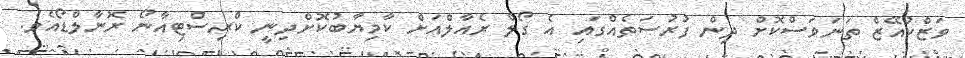
ވަޒްކުއޭޒް ތަނަވަސްކޮށް ދިން ފުރުސަތެއްގައި އެ ގޯލް ރެއާލްއަށް ކާމިޔާބުކޮށްދިނީ ކްރިސްޓިއާނޯ ރޮނާލްޑޯއެވެ.